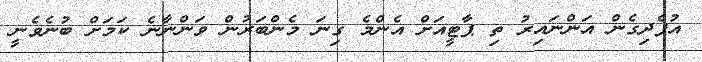
އުފެދިގެން އަންނައިރު ތި ޕާޓީއަށް އެންމެ ގިނަ މެންބަރުން ވަންނާނެ ކަމަށް ބުނެވެނީ